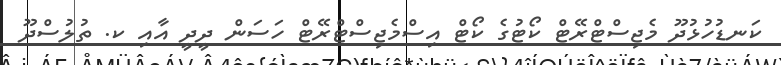
ކަނޑުހުޅުދޫ މެޖިސްޓްރޭޓް ކޯޓުގެ ކޯޓް އިސްމެޖިސްޓްރޭޓް ހަސަން ދީދީ އާއި ކ. ތުލުސްދޫ